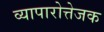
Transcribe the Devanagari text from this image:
व्यापारोत्तेजक